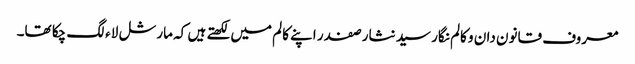
معروف قانون دان و کالم نگار سید نثار صفدر اپنے کالم میں لکھتے ہیں کہ مارشل لاء لگ چکا تھا۔